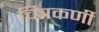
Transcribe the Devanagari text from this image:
चित्रकर्णी